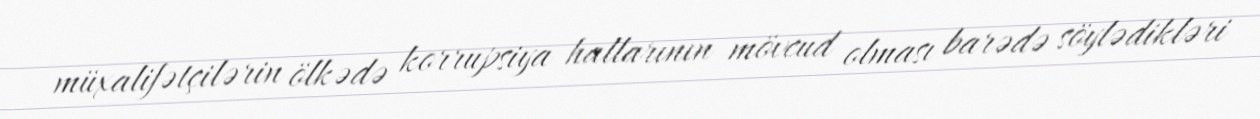
müxalifətçilərin ölkədə korrupsiya hallarının mövcud olması barədə söylədikləri